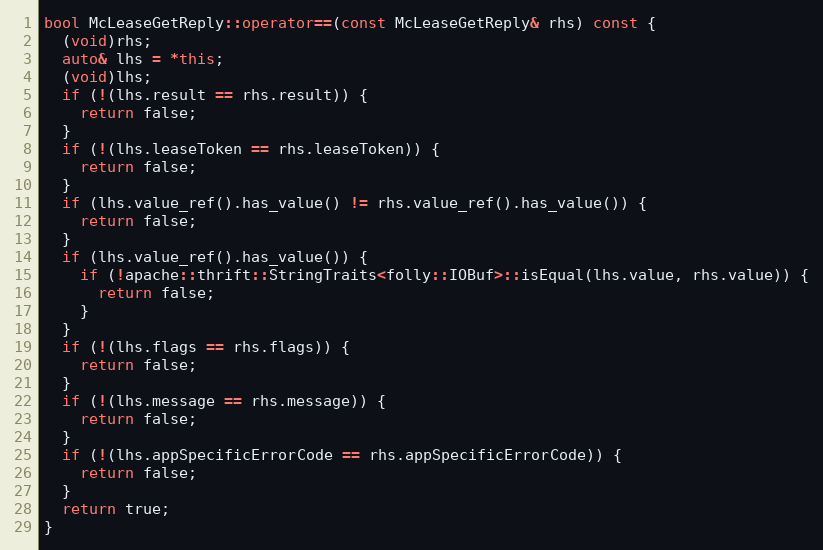
Language: C++
bool McLeaseGetReply::operator==(const McLeaseGetReply& rhs) const {
  (void)rhs;
  auto& lhs = *this;
  (void)lhs;
  if (!(lhs.result == rhs.result)) {
    return false;
  }
  if (!(lhs.leaseToken == rhs.leaseToken)) {
    return false;
  }
  if (lhs.value_ref().has_value() != rhs.value_ref().has_value()) {
    return false;
  }
  if (lhs.value_ref().has_value()) {
    if (!apache::thrift::StringTraits<folly::IOBuf>::isEqual(lhs.value, rhs.value)) {
      return false;
    }
  }
  if (!(lhs.flags == rhs.flags)) {
    return false;
  }
  if (!(lhs.message == rhs.message)) {
    return false;
  }
  if (!(lhs.appSpecificErrorCode == rhs.appSpecificErrorCode)) {
    return false;
  }
  return true;
}